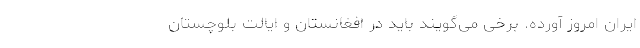
ایران امروز آورده. برخی می‌گویند باید در افغانستان و ایالت بلوچستان